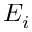
E _ { i }